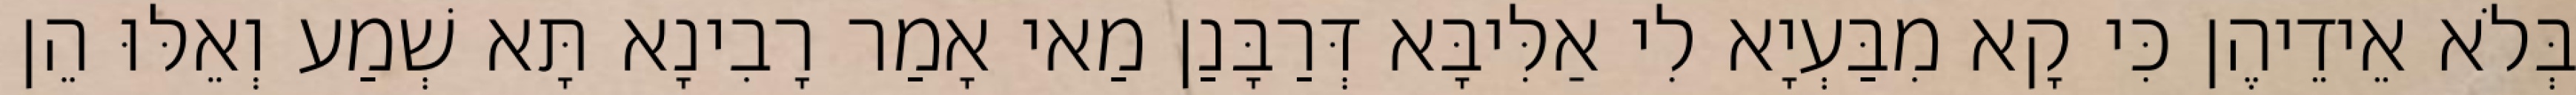
בְּלֹא אֵידֵיהֶן כִּי קָא מִבַּעְיָא לִי אַלִּיבָּא דְּרַבָּנַן מַאי אָמַר רָבִינָא תָּא שְׁמַע וְאֵלּוּ הֵן